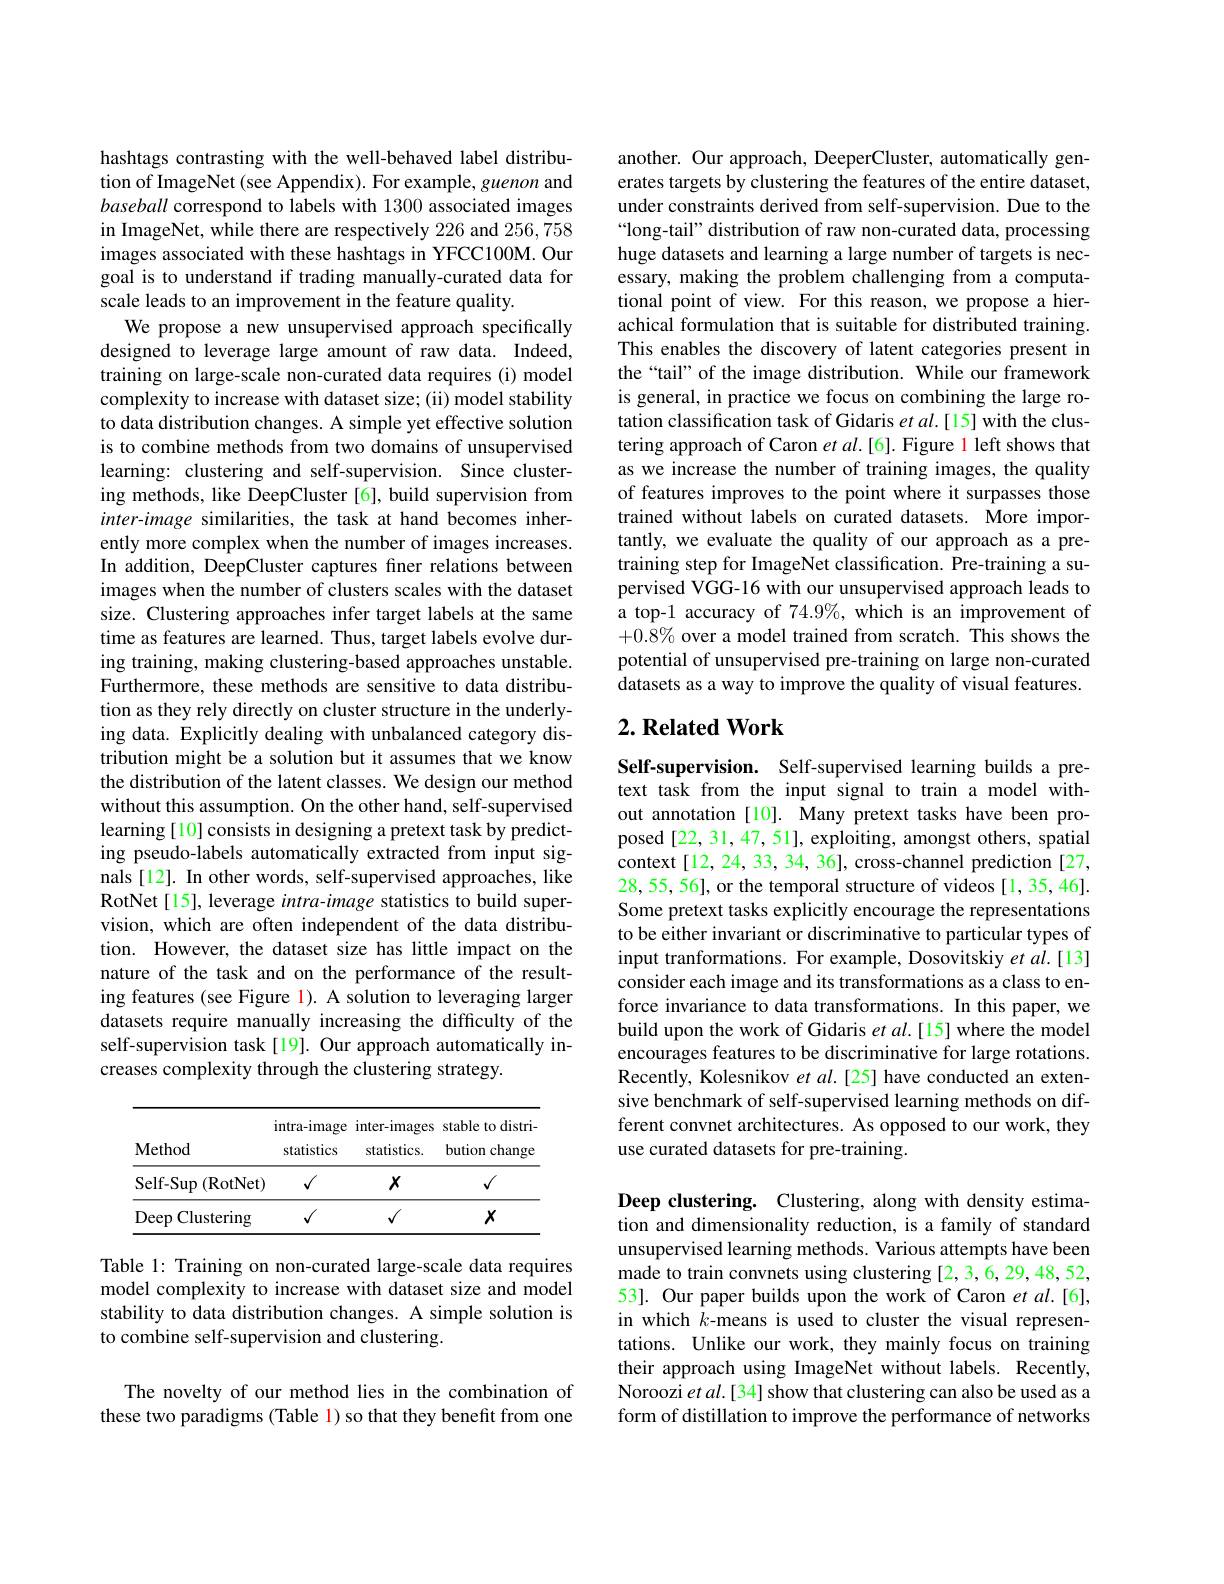
hashtags contrasting with the well-behaved label distribution of ImageNet (see Appendix). For example, guenon and baseball correspond to labels with 1300 associated images in ImageNet, while there are respectively 226 and $256,\tilde{758}$ images associated with these hashtags in YFCC100M. Our goal is to understand if trading manually-curated data for scale leads to an improvement in the feature quality.
We propose a new unsupervised approach specifically designed to leverage large amount of raw data. Indeed, training on large-scale non-curated data requires (i) model complexity to increase with dataset size; (ii) model stability to data distribution changes. A simple yet effective solution is to combine methods from two domains of unsupervised learning: clustering and self-supervision. Since clustering methods, like DeepCluster[6], build supervision from inter-image similarities, the task at hand becomes inherently more complex when the number of images increases. In addition, DeepCluster captures finer relations between images when the number of clusters scales with the dataset size. Clustering approaches infer target labels at the same time as features are learned. Thus, target labels evolve during training, making clustering-based approaches unstable. Furthermore, these methods are sensitive to data distribution as they rely directly on cluster structure in the underlying data. Explicitly dealing with unbalanced category distribution might be a solution but it assumes that we know the distribution of the latent classes. We design our method without this assumption. On the other hand, self-supervised learning[10] consists in designing a pretext task by predicting pseudo-labels automatically extracted from input signals [12]. In other words, self-supervised approaches, like RotNet[15], leverage intra-image statistics to build supervision, which are often independent of the data distribution. However, the dataset size has little impact on the nature of the task and on the performance of the resulting features (see Figure l). A solution to leveraging larger datasets require manually increasing the difficulty of the self-supervision task[19]. Our approach automatically increases complexity through the clustering strategy.

<table>
	<tbody>
		<tr>
			<th>Method</th>
			<th>intra-image statistics</th>
			<th>inter-images statistics.</th>
			<th>stable to distri- bution change</th>
		</tr>
		<tr>
			<th>Method</th>
			<th>intra-image statistics</th>
			<th>inter-images statistics.</th>
			<th>stable to distri- bution change</th>
		</tr>
		<tr>
			<td>$\operatorname{Self-Sup}\left(\mathrm{RotNet}\right)$</td>
			<td>$√$</td>
			<td>$X$</td>
			<td>$√$</td>
		</tr>
		<tr>
			<td>Deep Clustering</td>
			<td>$√$</td>
			<td>$√$</td>
			<td>$X$</td>
		</tr>
	</tbody>
</table>

Table 1: Training on non-curated large-scale data requires model complexity to increase with dataset size and model stability to data distribution changes. A simple solution is to combine self-supervision and clustering.

The novelty of our method lies in the combination of these two paradigms (Table 1) so that they benefit from one

another. Our approach, DeeperCluster, automatically generates targets by clustering the features of the entire dataset, under constraints derived from self-supervision. Due to the “long-tail” distribution of raw non-curated data, processing huge datasets and learning a large number of targets is necessary, making the problem challenging from a computational point of view. For this reason, we propose a hierachical formulation that is suitable for distributed training. This enables the discovery of latent categories present in the“tail” of the image distribution. While our framework is general, in practice we focus on combining the large rotation classification task of Gidaris $etal.[15]$ with the clustering approach of Caron et $al.[6].$ Figure 1 left shows that as we increase the number of training images, the quality of features improves to the point where it surpasses those trained without labels on curated datasets. More importantly, we evaluate the quality of our approach as a pretraining step for ImageNet classification. Pre-training a supervised VGG-16 with our unsupervised approach leads to a top-1 accuracy of 74.9%, which is an improvement of $+0.8\%$ over a model trained from scratch. This shows the potential of unsupervised pre-training on large non-curated datasets as a way to improve the quality of visual features.

## $2. \textbf{Related Work}$

Self-supervision. Self-supervised learning builds a pretext task from the input signal to train a model without annotation[10]. Many pretext tasks have been proposed [22, 31, 47, 51], exploiting, amongst others, spatial context [12, 24, 33, 34, 36], cross-channel prediction [27, 28,55, 56], or the temporal structure of videos [1, 35, 46]. Some pretext tasks explicitly encourage the representations to be either invariant or discriminative to particular types of input tranformations. For example, Dosovitskiy et al.[13] consider each image and its transformations as a class to enforce invariance to data transformations. In this paper, we build upon the work of Gidaris et al.[15] where the model encourages features to be discriminative for large rotations. Recently, Kolesnikov $etal.[25]$ have conducted an extensive benchmark of self-supervised learning methods on different convnet architectures. As opposed to our work, they use curated datasets for pre-training.

Deep clustering. Clustering, along with density estimation and dimensionality reduction, is a family of standard unsupervised learning methods. Various attempts have been made to train convnets using clustering [2,3,6,29,48,52, 53]. Our paper builds upon the work of Caron et al.[6], in which $k$-means is used to cluster the visual representations. Unlike our work, they mainly focus on training their approach using ImageNet without labels. Recently, Noroozi et al.[34] show that clustering can also be used as a form of distillation to improve the performance of networks